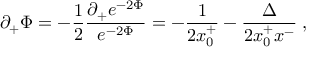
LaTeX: \partial _ { + } \Phi = - { \frac { 1 } { 2 } } \frac { \partial _ { + } e ^ { - 2 \Phi } } { e ^ { - 2 \Phi } } = - { \frac { 1 } { 2 x _ { 0 } ^ { + } } } - \frac { \Delta } { 2 x _ { 0 } ^ { + } x ^ { - } } \; ,